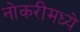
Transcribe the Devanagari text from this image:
नोकरीमध्ये